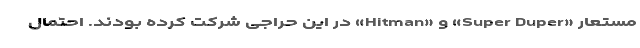
مستعار «Super Duper» و «Hitman» در این حراجی شرکت کرده بودند. احتمال